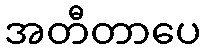
အတီတာပေ